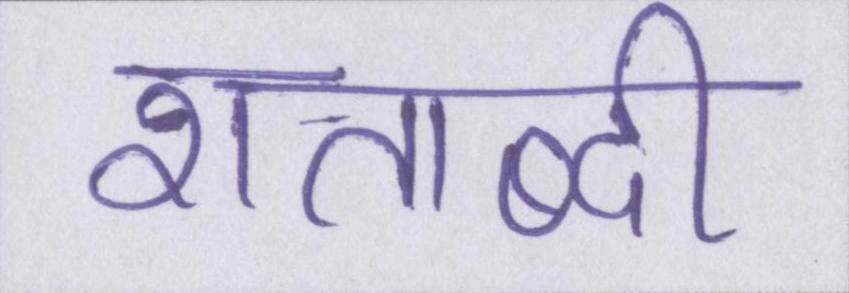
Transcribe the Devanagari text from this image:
शताब्दी